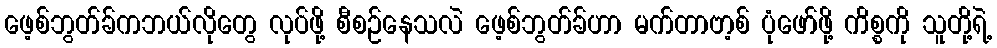
ဖေ့စ်ဘွတ်ခ်ကဘယ်လိုတွေ လုပ်ဖို့ စီစဉ်နေသလဲ ဖေ့စ်ဘွတ်ခ်ဟာ မက်တာဗာ့စ် ပုံဖော်ဖို့ ကိစ္စကို သူတို့ရဲ့